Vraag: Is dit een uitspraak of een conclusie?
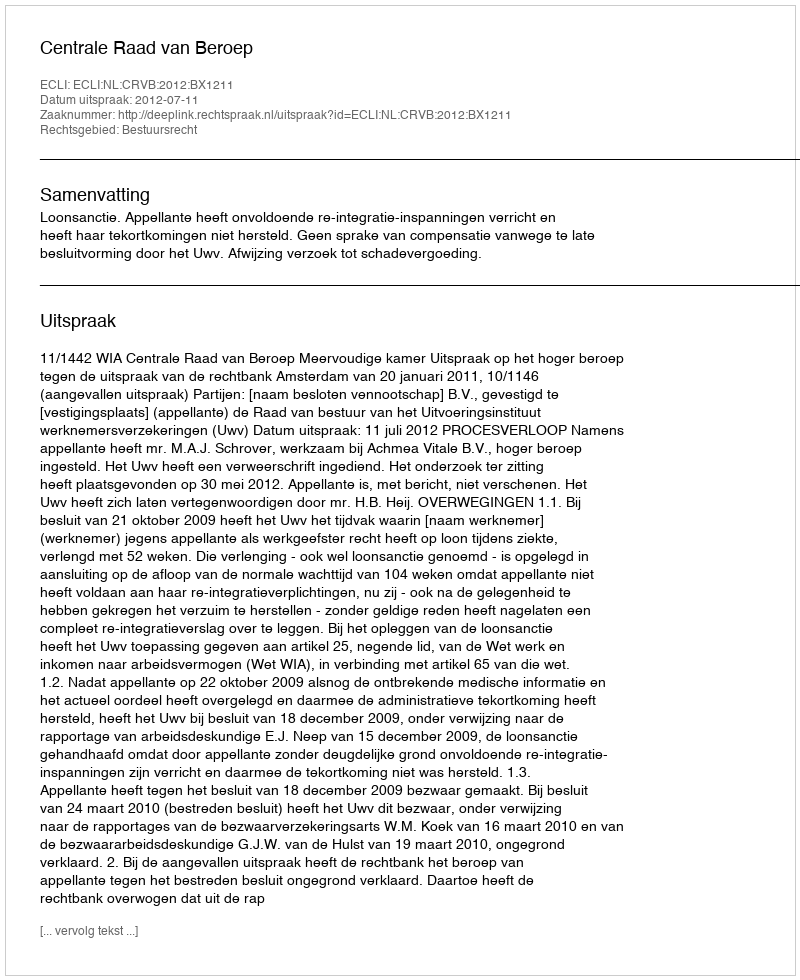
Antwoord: Uitspraak